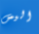
اليس